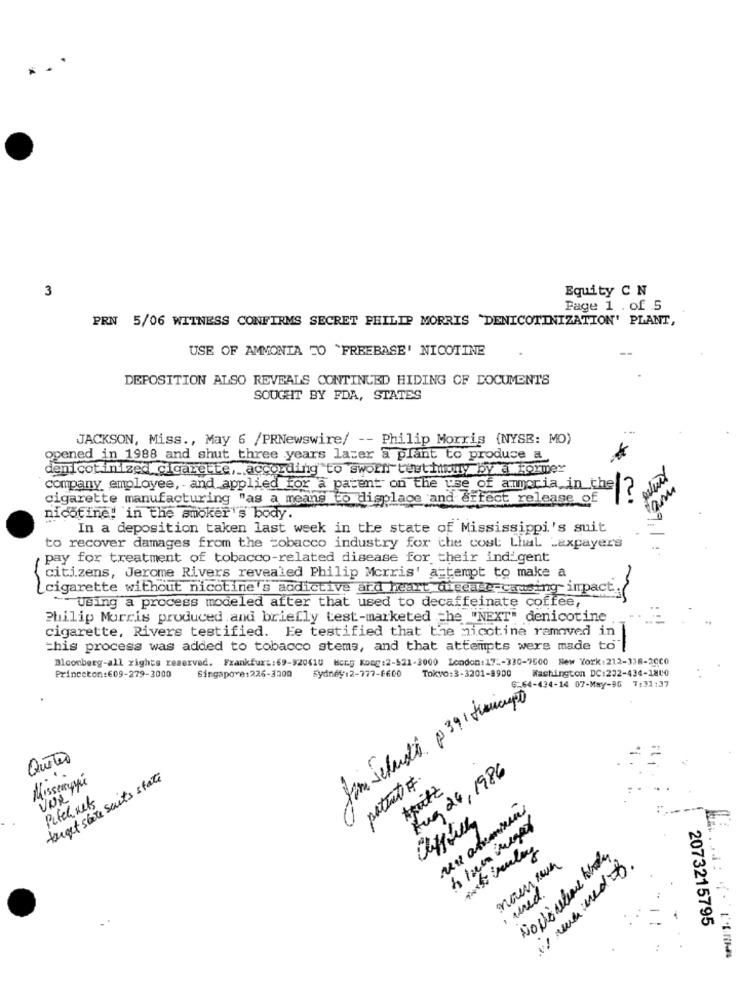
3
Equity C N
Page 1 . of 5
PRN 5/06 WITNESS CONFIRMS SECRET PHILIP MORRIS "DENICOTINIZATION' PLANT,
USE OF AMMONIA TO 'FREEBASE' NICOTINE
--
DEPOSITION ALSO REVEALS CONTINUED HIDING OF DOCUMENTS
SOUGHT BY FDA, STATES
JACKSON, Miss ., May 6 /PRNewswire/ -- Philip Morris (NYSE: MO)
opened in 1988 and shut three years later a plant to produce a
denicotinized cigarette, according to sworn test hony by a former
company employee, and applied for a patent on the use of amoria in the
am
cigarette manufacturing "as a means to displace and effect release of
nicotine! in the smoker's body.
In a deposition taken last week in the state of Mississippi's suit
to recover damages from the tobacco industry for the cost: Lhal Lexpayers
pay for treatment of tobacco-related disease for their ind gent
citizens, Jerome Rivers revealed Philip Morris' attempt to make a
-
cigarette without nicotine's aodictive ard heart disease causing impact.
Using a process modeled after that used to decaffeinate coffee,
Philip Morris produced and briefly test-marketed =he "NEXT" denicotine
cigarette, Rivers testified. Ee testified that the nicotine ramoved in
this process was added to tobacco stems, and that attempts were made to"
Bloomberg-all rights reserved. Frankfurt:69-920410 Hong Kong:2-521-3000 London:17 -- 330-7500 New York:212-338-2CC0
Princeton:609-279-3000
Singapore:226-3200
Sydney:2-777-£600
Tokyo:3-3201-9900
Washington DC:232-434-1800
6-64-434-14 07-May-90 7:31:37
QuiTão
Aug 26, 1986
Missesuppi
target state suits state
patent F.
UNRY
Pitchnets
11 rue nedf
. und.
2073215795